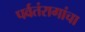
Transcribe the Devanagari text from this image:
पर्वतंरागांचा